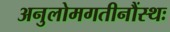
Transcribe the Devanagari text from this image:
अनुलोमगतीनौंस्थः